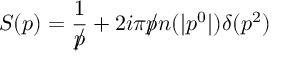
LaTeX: S ( p ) = { \frac { 1 } { p \! \! \! \slash } } + 2 i \pi p \! \! \! \slash n ( | p ^ { 0 } | ) \delta ( p ^ { 2 } )